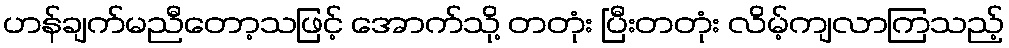
ဟန်ချက်မညီတော့သဖြင့် အောက်သို့ တတုံး ပြီးတတုံး လိမ့်ကျလာကြသည့်